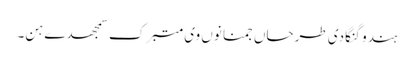
ہندو گنگا دی طرحاں جمنا نوں وی متبرک سمجھدے ہن۔